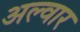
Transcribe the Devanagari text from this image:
अल्‍वार